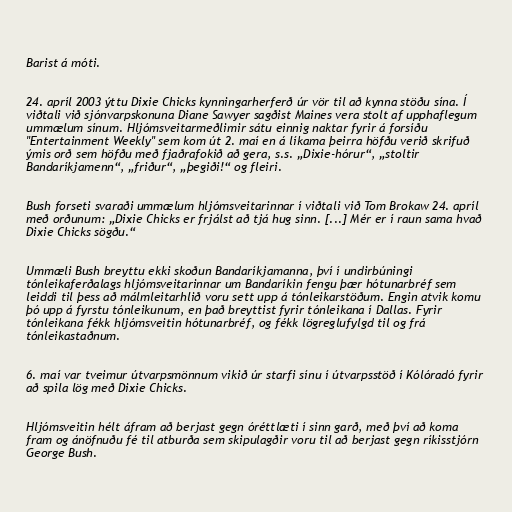
Barist á móti.

24. apríl 2003 ýttu Dixie Chicks kynningarherferð úr vör til að kynna stöðu sína. Í
viðtali við sjónvarpskonuna Diane Sawyer sagðist Maines vera stolt af upphaflegum
ummælum sínum. Hljómsveitarmeðlimir sátu einnig naktar fyrir á forsíðu
"Entertainment Weekly" sem kom út 2. maí en á líkama þeirra höfðu verið skrifuð
ýmis orð sem höfðu með fjaðrafokið að gera, s.s. „Dixie-hórur“, „stoltir
Bandaríkjamenn“, „friður“, „þegiði!“ og fleiri.

Bush forseti svaraði ummælum hljómsveitarinnar í viðtali við Tom Brokaw 24. apríl
með orðunum: „Dixie Chicks er frjálst að tjá hug sinn. [...] Mér er í raun sama hvað
Dixie Chicks sögðu.“

Ummæli Bush breyttu ekki skoðun Bandaríkjamanna, því í undirbúningi
tónleikaferðalags hljómsveitarinnar um Bandaríkin fengu þær hótunarbréf sem
leiddi til þess að málmleitarhlið voru sett upp á tónleikarstöðum. Engin atvik komu
þó upp á fyrstu tónleikunum, en það breyttist fyrir tónleikana í Dallas. Fyrir
tónleikana fékk hljómsveitin hótunarbréf, og fékk lögreglufylgd til og frá
tónleikastaðnum.

6. maí var tveimur útvarpsmönnum vikið úr starfi sínu í útvarpsstöð í Kólóradó fyrir
að spila lög með Dixie Chicks.

Hljómsveitin hélt áfram að berjast gegn óréttlæti í sinn garð, með því að koma
fram og ánöfnuðu fé til atburða sem skipulagðir voru til að berjast gegn ríkisstjórn
George Bush.